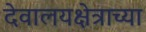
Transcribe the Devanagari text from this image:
देवालयक्षेत्राच्या